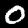
Label: 0